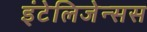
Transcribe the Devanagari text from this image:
इंटेलिजेन्सस